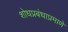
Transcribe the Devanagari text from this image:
शोधप्रबंधाप्रमाणे